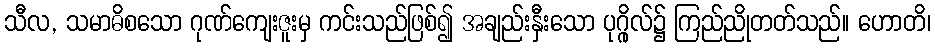
သီလ, သမာဓိစသော ဂုဏ်ကျေးဇူးမှ ကင်းသည်ဖြစ်၍ အချည်းနှီးသော ပုဂ္ဂိုလ်၌ ကြည်ညိုတတ်သည်။ ဟောတိ၊